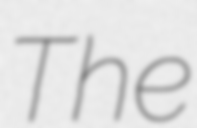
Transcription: The